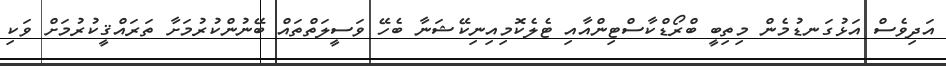
އަދިވެސް އަޅުގަނޑުމެން މިތިބީ ބްރޯޑްކާސްޓިންއާއި ޓެލެކޮމިއިނިކޭޝަނާ ބެހޭ ވަސީލަތްތައް ބޭނުންކުރުމަށާ ތަރައްޤީކުރުމަށް ވަކި